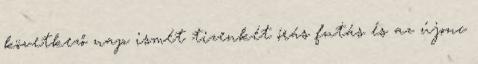
következő nap ismét tizenkét órás futás és az újonc